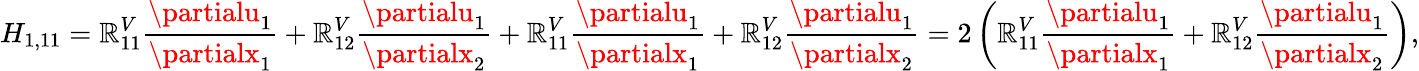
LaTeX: H_{1,11}=\mathbb{R}_{11}^{V}\frac{{\partialu_{1}}}{{\partialx_{1}}}+\mathbb{R}_{12}^{V}\frac{{\partialu_{1}}}{{\partialx_{2}}}+\mathbb{R}_{11}^{V}\frac{{\partialu_{1}}}{{\partialx_{1}}}+\mathbb{R}_{12}^{V}\frac{{\partialu_{1}}}{{\partialx_{2}}}=2\left(\mathbb{R}_{11}^{V}\frac{{\partialu_{1}}}{{\partialx_{1}}}+\mathbb{R}_{12}^{V}\frac{{\partialu_{1}}}{{\partialx_{2}}}\right),